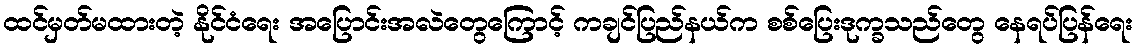
ထင်မှတ်မထားတဲ့ နိုင်ငံရေး အပြောင်းအလဲတွေကြောင့် ကချင်ပြည်နယ်က စစ်ပြေးဒုက္ခသည်တွေ နေရပ်ပြန်ရေး